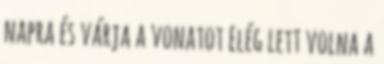
napra és várja a vonatot Elég lett volna a